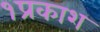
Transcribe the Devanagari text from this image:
१प्रकाश